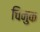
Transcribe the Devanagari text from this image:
चिनुक